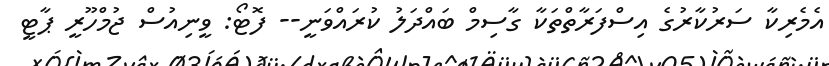
އެމެރިކާ ސަރުކާރުގެ އިސްފަރާތްތަކާ ގާސިމް ބައްދަލު ކުރައްވަނީ-- ފޮޓޯ: ވީނިއުސް ޖުމްހޫރީ ޕާޓީ